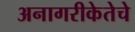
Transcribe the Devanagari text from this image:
अनागरीकेतेचे